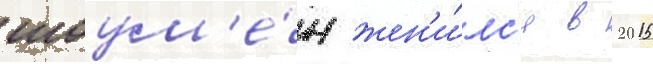
шоум'е́н жен'и́лс'я в 2015